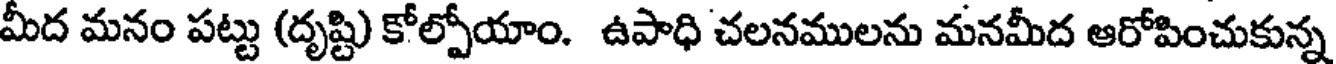
మీద మనం పట్టు (దృష్టి కోల్పోయాం. ఉపాధి చలనములను మనమీద ఆరోపించుకున్న